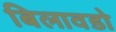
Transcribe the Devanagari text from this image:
बिलावडो